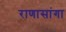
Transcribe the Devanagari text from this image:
राणासांगा